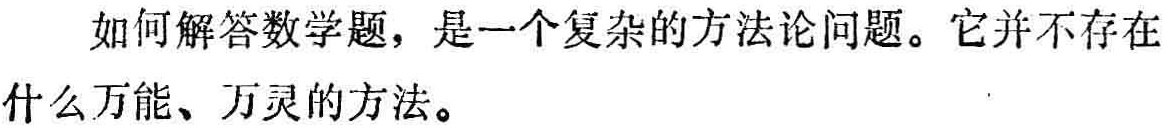
如何解答数学题，是一个复杂的方法论问题。它并不存在什么万能、万灵的方法。